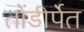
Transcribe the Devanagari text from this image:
तोंडीर्पेत